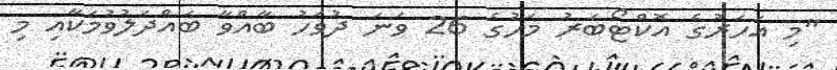
"މި އަހަރުގެ އޮކްޓޯބަރު މަހުގެ 26 ވަނަ ދުވަހު ބާއްވާ ބައްދަލުވުމަކާއި މި